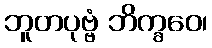
ဘူတပုဗ္ဗံ ဘိက္ခဝေ၊